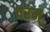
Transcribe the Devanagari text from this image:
परंम्